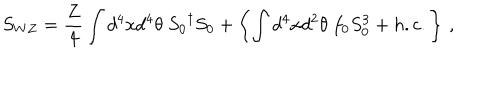
S _ { W Z } = \frac { Z } { 4 } \int d ^ { 4 } x d ^ { 4 } \theta ~ { S _ { 0 } } ^ { \dagger } { S _ { 0 } } + \left\{ \int d ^ { 4 } x d ^ { 2 } \theta ~ f _ { 0 } S _ { 0 } ^ { 3 } + h . c . \right\} \, ,